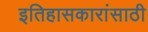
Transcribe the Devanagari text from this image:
इतिहासकारांसाठी